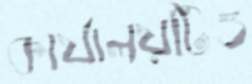
কার্যালয়টিও